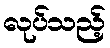
လုပ်သည့်